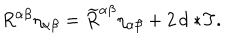
LaTeX: R ^ { \alpha \beta } \eta _ { \alpha \beta } = \widetilde { R } ^ { \alpha \beta } \eta _ { \alpha \beta } + 2 \, d \ast \! T .